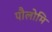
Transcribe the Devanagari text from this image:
पौलोमि